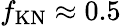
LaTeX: f_{\mathrm{KN}}\approx 0.5